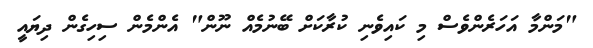
"މަންމާ އަހަރެންވެސް މި ކައިވެނި ކުރާކަށް ބޭނުމެއް ނޫން" އެންމެން ސިހިގެން ދިޔައީ